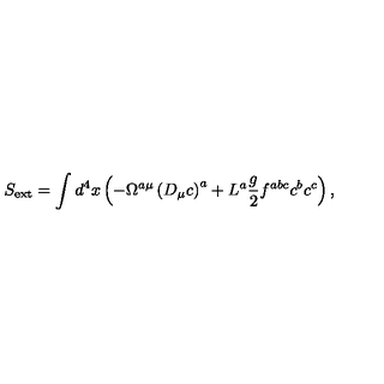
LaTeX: S _ { \mathrm { e x t } } = \int d ^ { 4 } x \left( - \Omega ^ { a \mu } \left( D _ { \mu } c \right) ^ { a } + L ^ { a } \frac { g } { 2 } f ^ { a b c } c ^ { b } c ^ { c } \right) ,